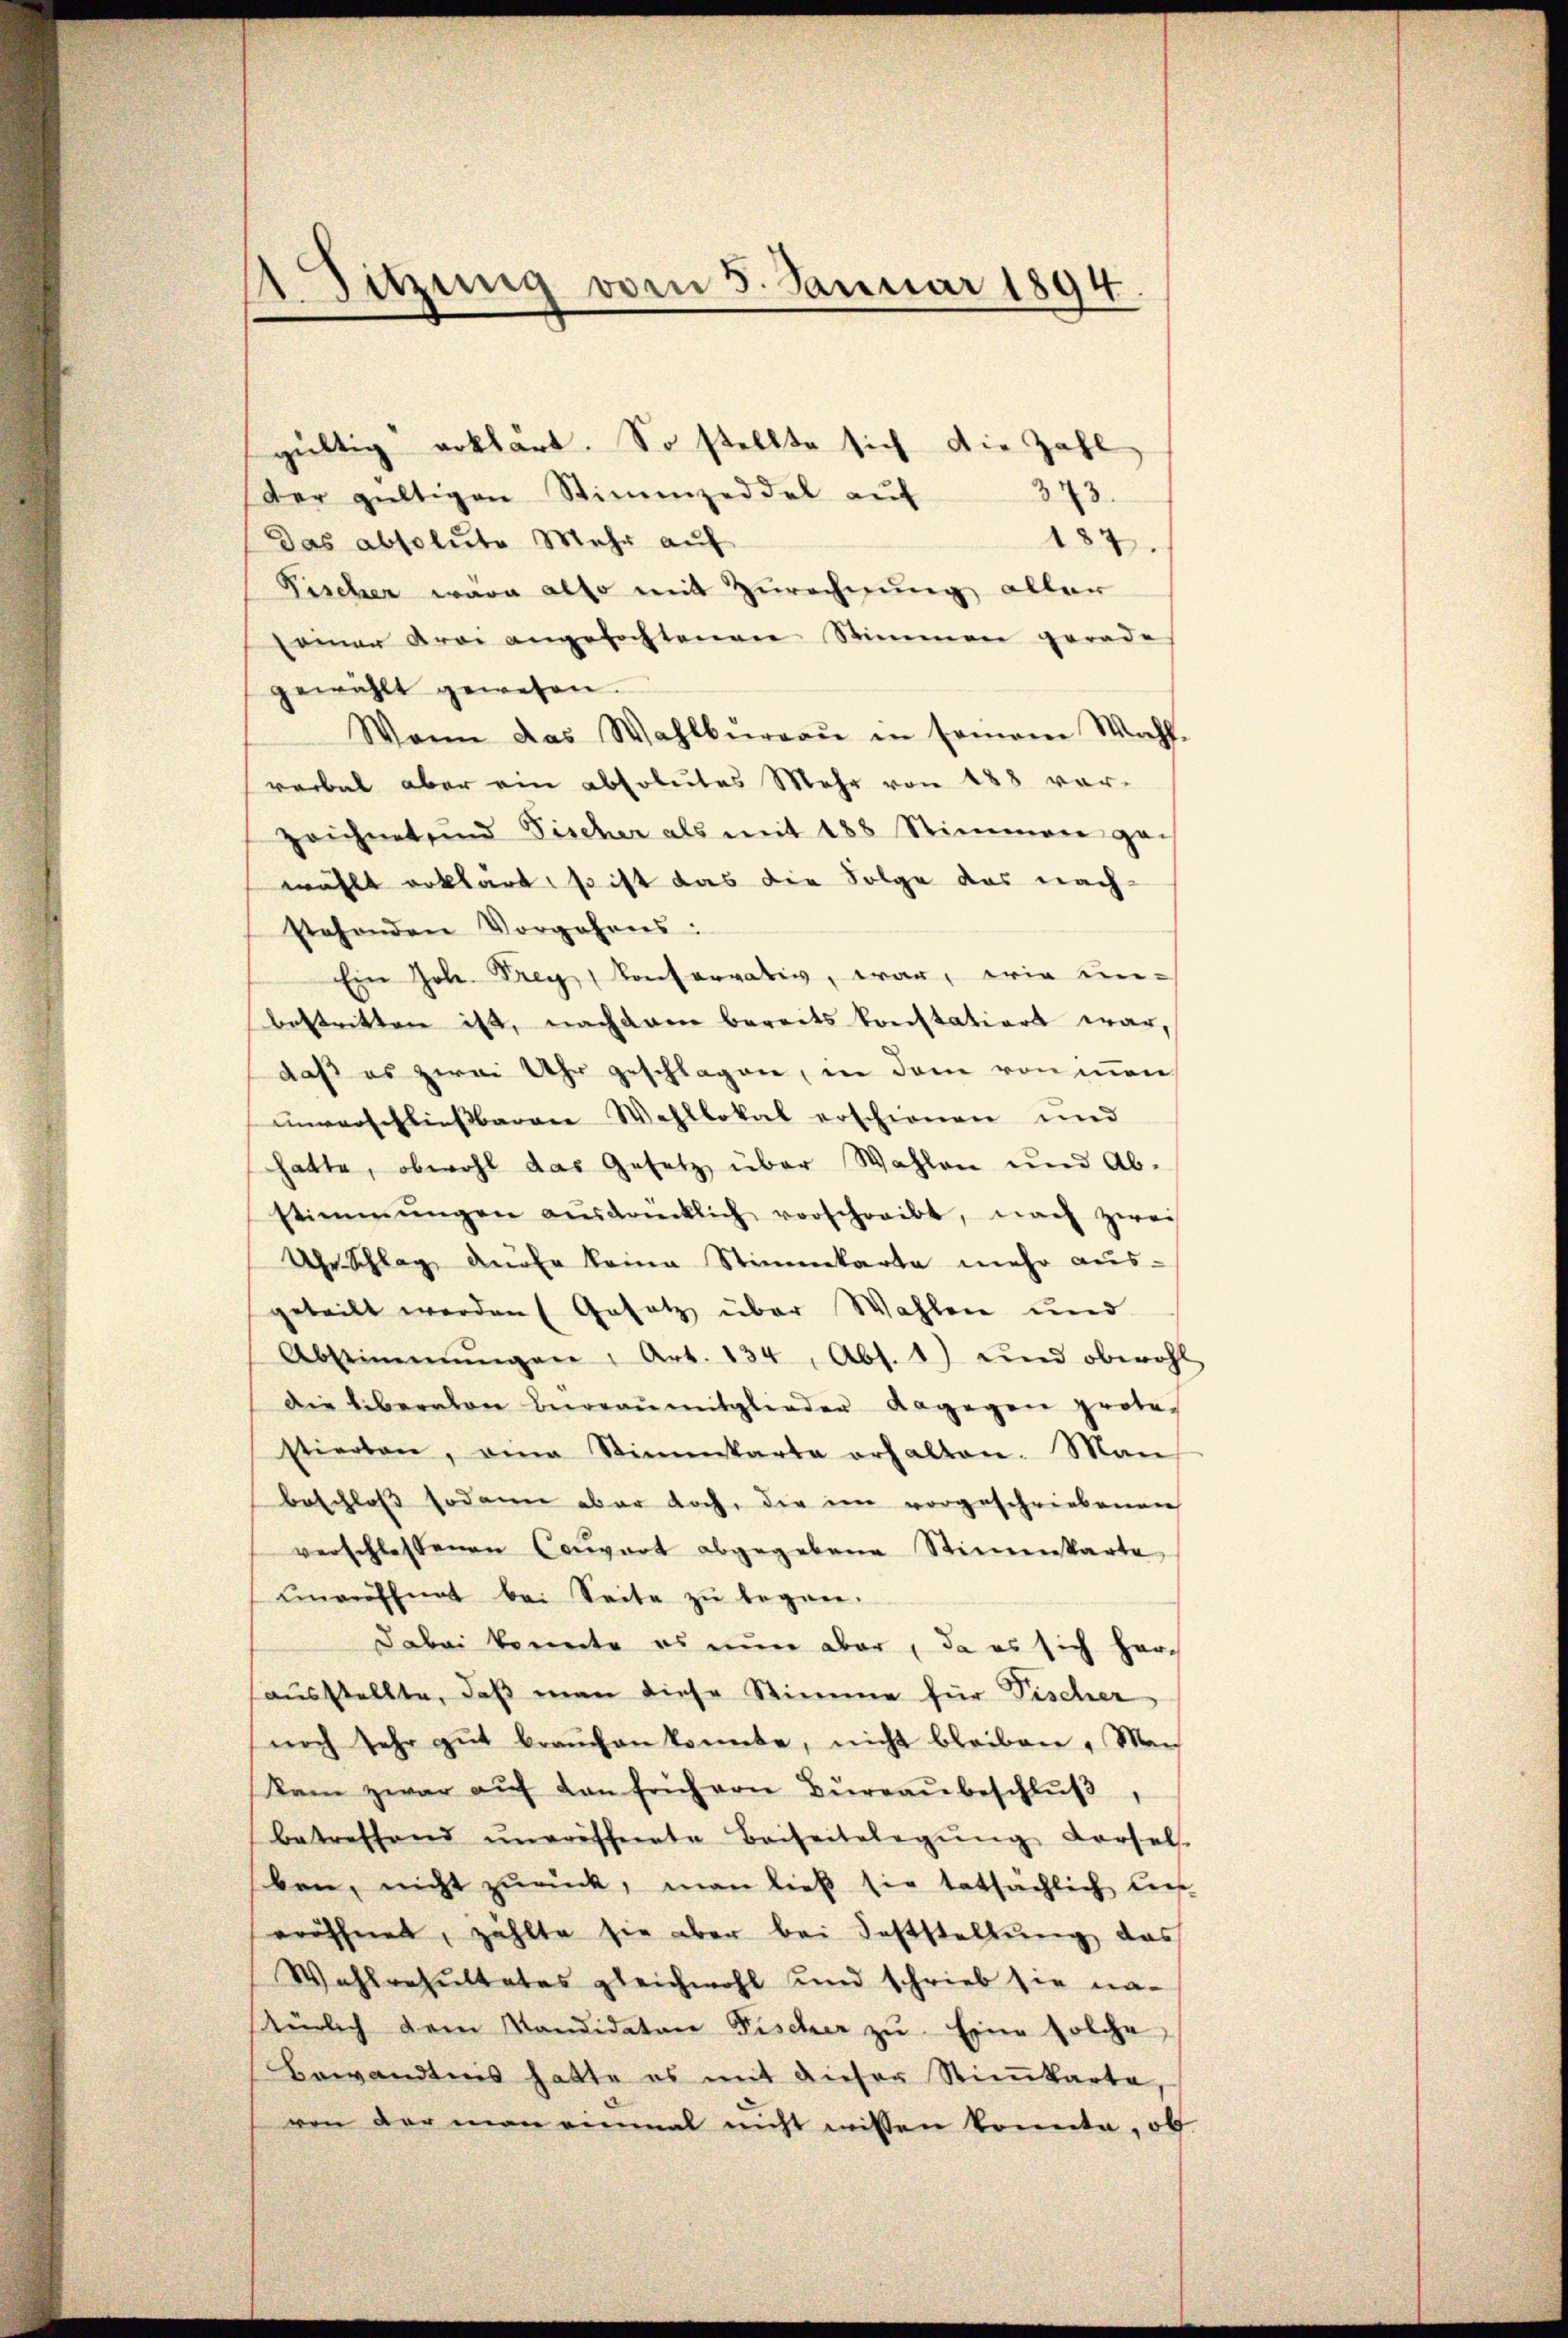
gültig erklärt. So stellte sich die Zahl
der gültigen Stimmzeddel auf
343.
Das absolute Mehr auf
187.
Fischer wäre also mit Zurechnung aller
samen drei angefochtenen Stimmen gerade
gewählt gewesen.
Wann das Wahlbŭrgaŭ in seinem Wahl-
rerbal aber ein absolutes Mehr von 188 vorzeichnet und Fischer als mit 188 Stimmen gan
wählt erklärt, so ist das die Folge das nach-
stehenden Vorgehens:
Ein Joh. Frey Konferrativ, war, wie un-
bestritten ist, nachdem bereits konstations war,
daß es zwei Uhr geschlagen, in dem von inner
unverschließbarere Wahllokal erschienen und
hatte, obwohl das Gesetz über Wahlen und Abstimmungen aŭsdrücklich vorschreibt, nach zwei
Uhr Schlag aufe keine Stimmkarte mehr ausgeteilt werden (Gesetz über Wahlen und
Abstimmungen : Art. 134, Abs. 1) und obwohl
Die liberaten Büreaŭmitglieder dagegen prote-
stierten, eine Stimmkarte erhalten. Man
beschloss sodann aber doch, die im vorgeschriebenen
verschlossenen Convart abgegebene Stiṁenkarte
ŭnröffnet bei Seite zŭ began-
Dabei konnte es nun aber, da es sich herausstellte, daß man diese Stimme für Fischer
noch sehr gŭt brauchen konnte, nicht bleiben. Man
kam zwar aŭf dan früh von Büreaŭbeschlŭβ
betreffend ŭneröffnete Beiseitslegŭng dersel
ben, nicht zurück, man ließ sie tatsächlich ließ
eröffnet, zählte sie aber bei Feststellŭng das
Wahlresultates gleichwohl und schrieb sie na-
türlich dem Kandidaten Fischer zŭ Eine solche
Bewandtnis hatte es mit dieser Stiṁkarte,
von der man einmal nicht wissen konnte, ob

1Sitzung vom 5. Januar 1894